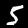
Digit: 5